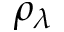
\rho _ { \lambda }